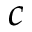
c